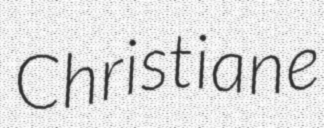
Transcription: Christiane